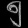
Digit: ၅